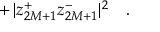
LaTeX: + \, | z _ { 2 M + 1 } ^ { + } z _ { 2 M + 1 } ^ { - } | ^ { 2 } \ \ \ .